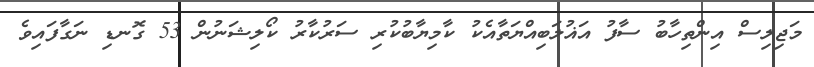
މަޖިލިސް އިންތިހާބު ސާފު އަޣުލަބިއްޔަތާއެކު ކާމިޔާބުކުރި ސަރުކާރު ކޯލިޝަނުން 53 ގޮނޑި ނަގާފައިވެ